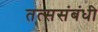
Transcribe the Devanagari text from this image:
तत्ससंबंधी